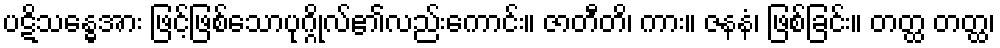
ပဋိသန္ဓေအား ဖြင့်ဖြစ်သောပုဂ္ဂိုလ်၏လည်းကောင်း။ ဇာတီတိ၊ ကား။ ဇနနံ၊ ဖြစ်ခြင်း။ တတ္ထ တတ္ထ၊